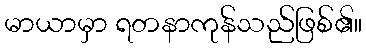
မာယာမှာ ရတနာကုန်သည်ဖြစ်၏။